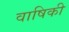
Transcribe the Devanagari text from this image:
वाषिकी